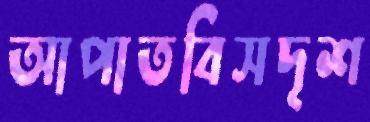
আপাতবিসদৃশ